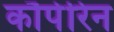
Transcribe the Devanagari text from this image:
कौपेरिन